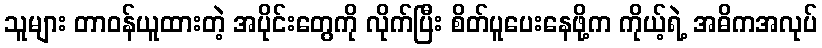
သူများ တာဝန်ယူထားတဲ့ အပိုင်းတွေကို လိုက်ပြီး စိတ်ပူပေးနေဖို့က ကိုယ့်ရဲ့ အဓိကအလုပ်